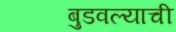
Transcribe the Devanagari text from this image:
बुडवल्याची